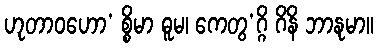
ဟုတာဝဟော’ စ္စိမာ ဓူမ၊ ကေတွ’ဂ္ဂိ ဂိနိ ဘာနုမာ။